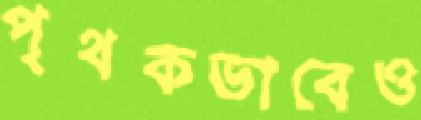
পৃথকভাবেও